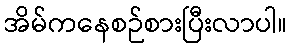
အိမ်ကနေစဉ်စားပြီးလာပါ။